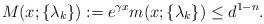
LaTeX: \begin{align*}M(x;\{\lambda_k\}):= e^{\gamma x} m(x;\{\lambda_k\} ) \le d^{1-n}. \end{align*}